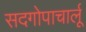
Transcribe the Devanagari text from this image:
सदगोपाचार्लू